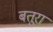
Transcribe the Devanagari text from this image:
बतूरा